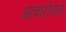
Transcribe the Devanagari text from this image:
आचारोंवाले